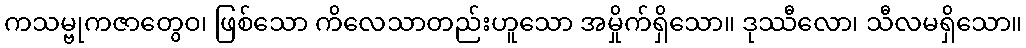
ကသမ္ဗုကဇာတွေဝ၊ ဖြစ်သော ကိလေသာတည်းဟူသော အမှိုက်ရှိသော။ ဒုဿီလော၊ သီလမရှိသော။